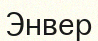
Энвер